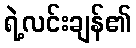
ရဲ့လင်းချန်၏